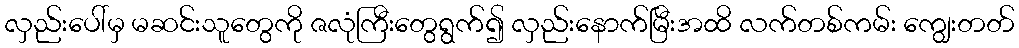
လှည်းပေါ်မှ မဆင်းသူတွေကို ဇလုံကြီးတွေရွက်၍ လှည်းနောက်မြီးအထိ လက်တစ်ကမ်း ကျွေးတတ်